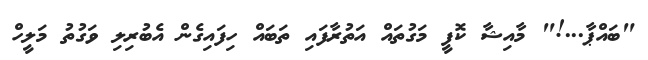
"ބައްޕާ...!" މާއިޝާ ކޮފީ މަގުތައް އަތުރާފައި ތަބައް ހިފައިގެން އެބުރިލި ވަގުތު މަލީހް